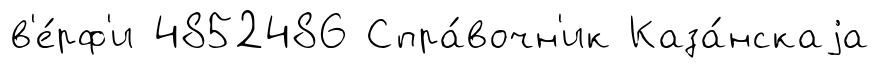
в'е́рф'и 4852486 Спра́вочн'ик Каза́нскаjа